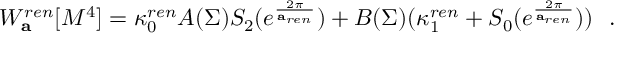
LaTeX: W _ { \bf a } ^ { r e n } [ M ^ { 4 } ] = \kappa _ { 0 } ^ { r e n } A ( \Sigma ) S _ { 2 } ( e ^ { \frac { 2 \pi } { { \bf a } _ { r e n } } } ) + B ( \Sigma ) ( \kappa _ { 1 } ^ { r e n } + S _ { 0 } ( e ^ { \frac { 2 \pi } { { \bf a } _ { r e n } } } ) ) ~ ~ .